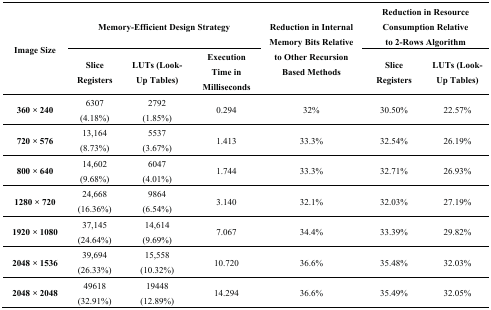
<table><thead><tr><td rowspan="2"><b>Image Size</b></td><td colspan="3"><b>Memory-Efficient Design Strategy</b></td><td rowspan="2"><b>Reduction in Internal Memory Bits Relative to Other Recursion Based Methods</b></td><td colspan="2"><b>Reduction in Resource Consumption Relative to 2-Rows Algorithm</b></td></tr><tr><td><b>Slice Registers</b></td><td><b>LUTs (Look- Up Tables) </b></td><td><b>Execution Time in Milliseconds</b></td><td><b>Slice Registers</b></td><td><b>LUTs (Look- Up Tables)</b></td></tr></thead><tbody><tr><td><b>360 × 240</b></td><td>6307 (4.18%)</td><td>2792 (1.85%)</td><td>0.294</td><td>32%</td><td>30.50%</td><td>22.57%</td></tr><tr><td><b>720 × 576</b></td><td>13,164 (8.73%)</td><td>5537 (3.67%)</td><td>1.413</td><td>33.3%</td><td>32.54%</td><td>26.19%</td></tr><tr><td><b>800 × 640</b></td><td>14,602 (9.68%)</td><td>6047 (4.01%)</td><td>1.744</td><td>33.3%</td><td>32.71%</td><td>26.93%</td></tr><tr><td><b>1280 × 720</b></td><td>24,668 (16.36%)</td><td>9864 (6.54%)</td><td>3.140</td><td>32.1%</td><td>32.03%</td><td>27.19%</td></tr><tr><td><b>1920 × 1080</b></td><td>37,145 (24.64%)</td><td>14,614 (9.69%)</td><td>7.067</td><td>34.4%</td><td>33.39%</td><td>29.82%</td></tr><tr><td><b>2048 × 1536</b></td><td>39,694 (26.33%)</td><td>15,558 (10.32%)</td><td>10.720</td><td>36.6%</td><td>35.48%</td><td>32.03%</td></tr><tr><td><b>2048 × 2048</b></td><td>49618 (32.91%)</td><td>19448 (12.89%)</td><td>14.294</td><td>36.6%</td><td>35.49%</td><td>32.05%</td></tr></tbody></table>